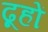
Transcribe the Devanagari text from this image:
ढूहों